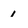
Character: 1